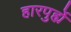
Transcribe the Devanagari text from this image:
हारपुर्ह्ये